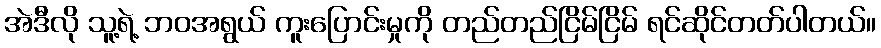
အဲဒီလို သူ့ရဲ့ ဘဝအရွယ် ကူးပြောင်းမှုကို တည်တည်ငြိမ်ငြိမ် ရင်ဆိုင်တတ်ပါတယ်။